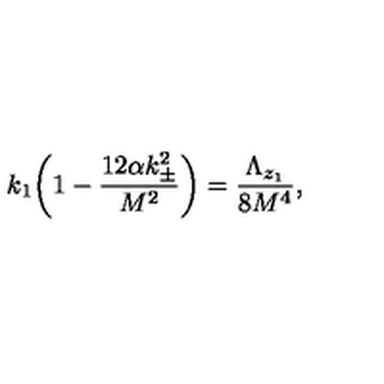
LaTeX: k _ { 1 } \bigg ( 1 - \frac { 1 2 \alpha k _ { \pm } ^ { 2 } } { M ^ { 2 } } \bigg ) = \frac { \Lambda _ { z _ { 1 } } } { 8 M ^ { 4 } } ,